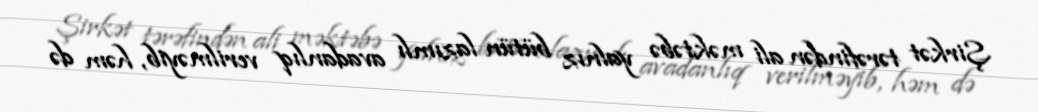
Şirkət tərəfindən ali məktəbə yalnız bütün lazımlı avadanlıq verilməyib, həm də